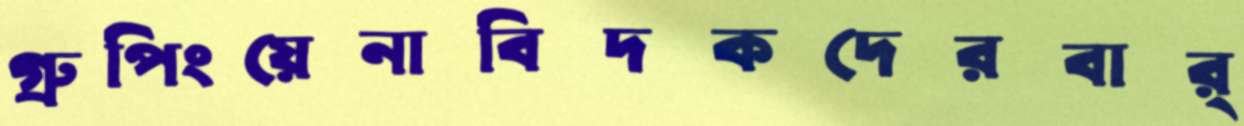
গ্রুপিংয়েনাবিদকদেরবার্